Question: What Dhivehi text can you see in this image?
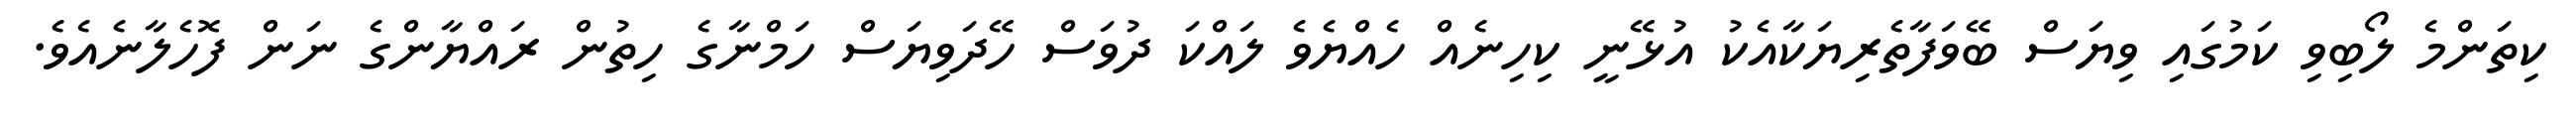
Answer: ކިތަންމެ ލޯބިވި ކަމުގައި ވިޔަސް ބޭވަފާތެރިޔަކާއެކު އުޅޭނީ ކިހިނެއް ހެއްޔެވެ ލައްކަ ދުވަސް ހޭދަވިޔަސް ހަމްނާގެ ހިތުން ރައްޔާންގެ ނަން ފޮހެލާނެއެވެ.